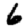
Digit: 6